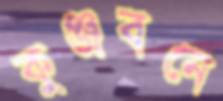
কুঞ্জবনে